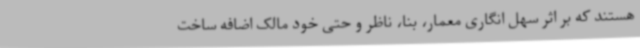
هستند که بر اثر سهل انگاری معمار، بنا، ناظر و حتی خود مالک اضافه ساخت